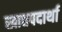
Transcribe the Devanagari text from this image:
खाद्यपदार्था